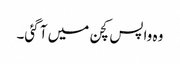
وہ واپس کچن میں آ گئی۔